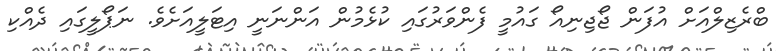
ބްރެޒިލްއަށް އުފަން ޖޯޖިނިއޯ ގައުމީ ފެންވަރުގައި ކުޅެމުން އަންނަނީ އިޓަލީއަށެވެ. ނަޕޯލީގައި ދެއްކި